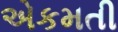
એકમતી